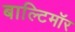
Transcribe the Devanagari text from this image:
बाल्टिमॉर